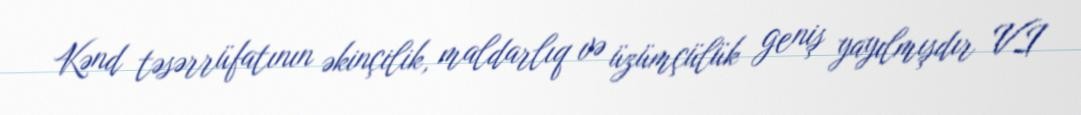
Kənd təsərrüfatının əkinçilik, maldarlıq və üzümçülük geniş yayılmışdır VI